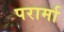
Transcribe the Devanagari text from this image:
परार्मा